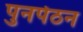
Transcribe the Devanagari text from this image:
पुनर्पठन